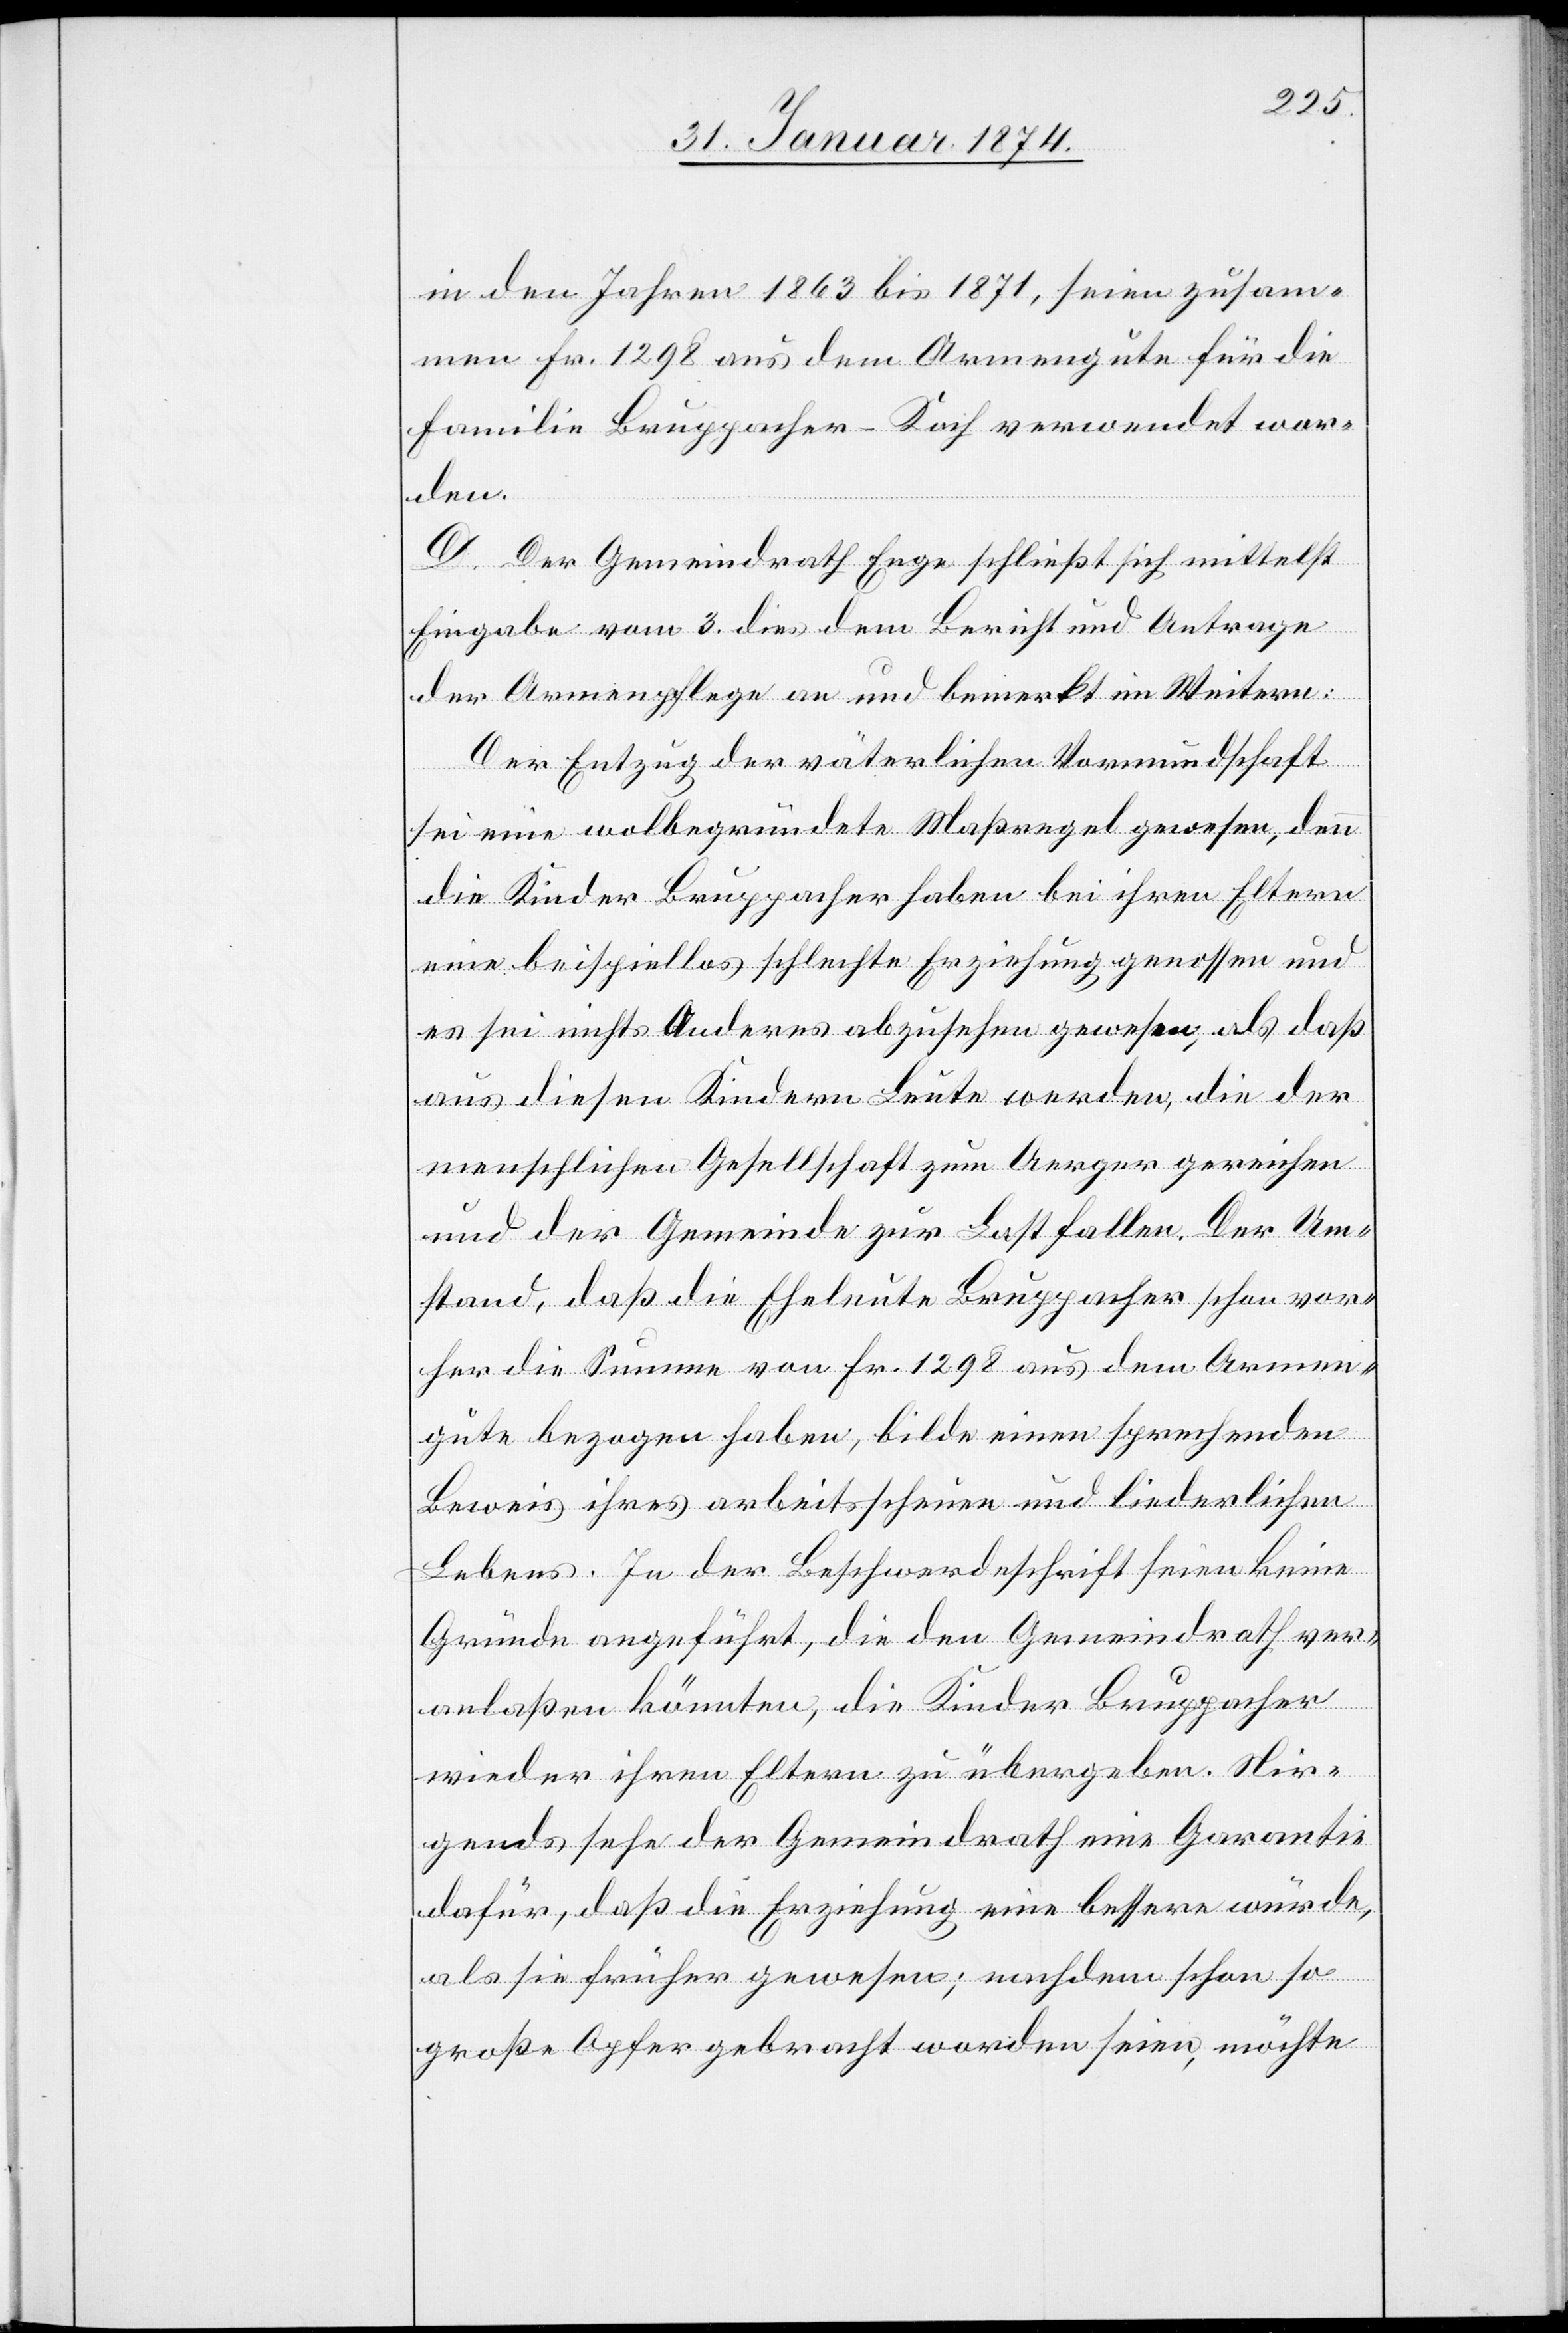
in den Jahren 1863 bis 1871, seien zusam¬
men Fr. 1298 aus dem Armengute für die
Familie Bruppacher-Koch verwendet wor¬
den.
D. Der Gemeindrath Enge schließt sich mittelst
Eingabe vom 3. dies dem Bericht und Antrage
der Armenpflege an und bemerkt im Weitern:
Der Entzug der väterlichen Vormundschaft
sei eine wolbegründete Maßregel gewesen, denn
die Kinder Bruppacher haben bei ihren Eltern
eine beispiellos schlechte Erziehung genossen und
es sei nichts Anderes abzusehen gewesen, als daß
aus diesen Kindern Leute werden, die der
menschlichen Gesellschaft zum Aerger gereichen
und der Gemeinde zur Last fallen. Der Um¬
stand, daß die Eheleute Bruppacher schon vor¬
her die Summe von Fr. 1298 aus dem Armen¬
gute bezogen haben, bilde einen sprechenden
Beweis ihres arbeitsscheuen und liederlichen
Lebens. In der Beschwerdeschrift seien keine
Gründe angeführt, die den Gemeindrath ver¬
anlaßen könnten, die Kinder Bruppacher
wieder ihren Eltern zu übergeben. Nir¬
gends sehe der Gemeindrath eine Garantie
dafür, daß die Erziehung eine bessere würde,
als sie früher gewesen; nachdem schon so
große Opfer gebracht worden seien, möchte